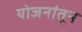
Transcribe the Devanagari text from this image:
योजनांतून